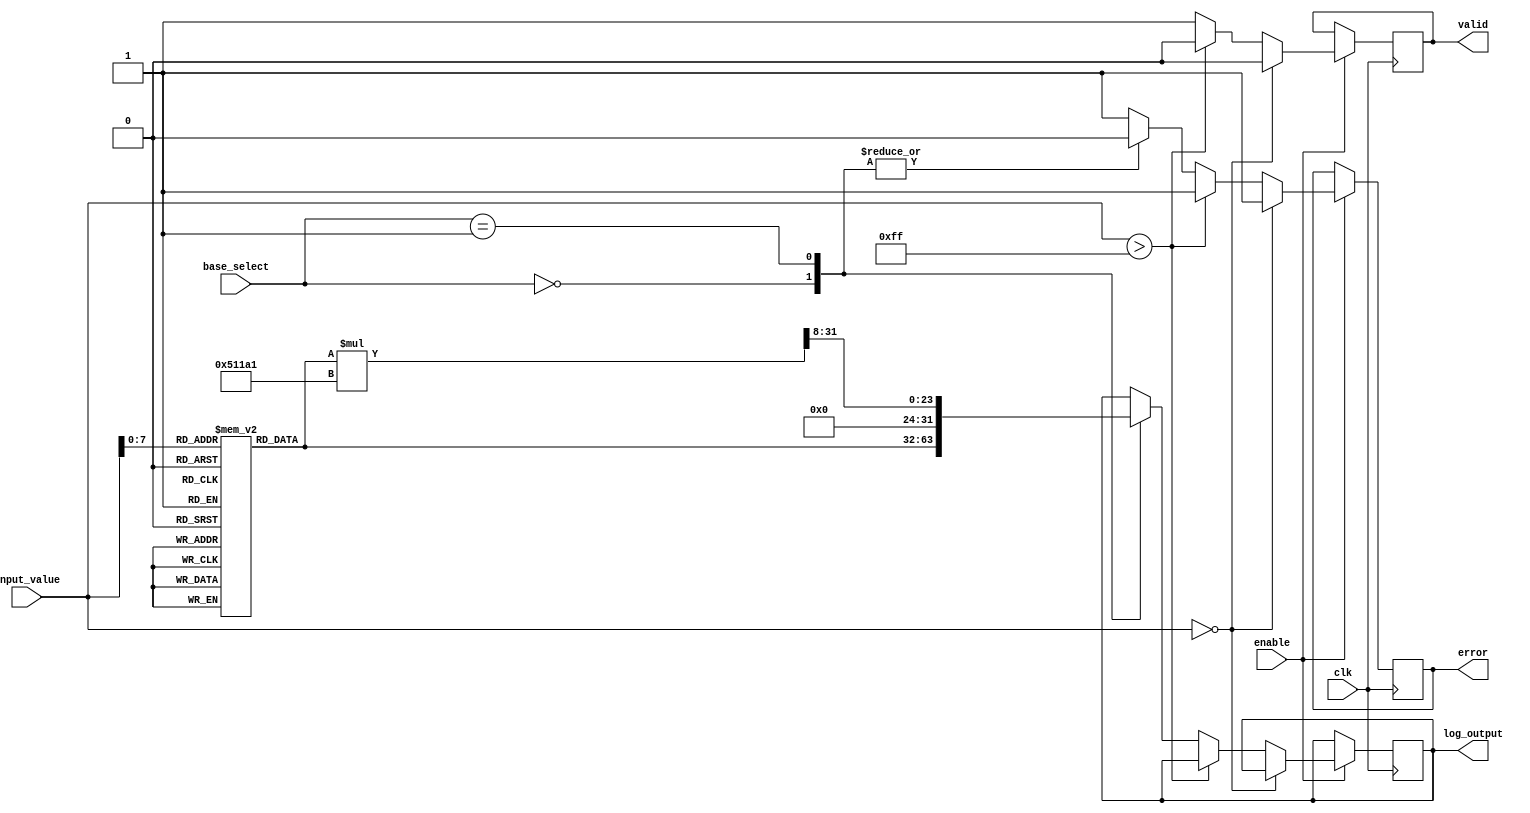
module LogarithmicUnit (
    input wire clk,
    input wire enable,
    input wire [31:0] input_value, // 32-bit input
    input wire [1:0] base_select,   // 0: base 2, 1: base 10
    output reg [31:0] log_output,    // 32-bit output for logarithmic value
    output reg valid,                 // Output valid signal
    output reg error                  // Error flag for invalid input
);

    // Internal signals
    reg [31:0] lookup_table[0:255]; // Example lookup table for log base 2
    integer i;

    // Initialize the lookup table (for demonstration purposes)
    initial begin
        for (i = 1; i < 256; i = i + 1) begin
            lookup_table[i] = $clog2(i); // Precompute log base 2 values
        end
        log_output = 0;
        valid = 0;
        error = 0;
    end

    always @(posedge clk) begin
        if (enable) begin
            // Reset error and valid flags
            error = 0;
            valid = 0;

            // Check for invalid input
            if (input_value == 0) begin
                error = 1; // Logarithm of zero is undefined
            end else if (input_value > 255) begin
                error = 1; // Input too large for lookup table
            end else begin
                // Compute logarithm based on base selection
                case (base_select)
                    2'b00: // Base 2
                        log_output = lookup_table[input_value];
                    2'b01: // Base 10 (This is just a placeholder. Implement your own logic for base 10)
                        log_output = (lookup_table[input_value] * 332193) >> 8; // Rough approximation
                    default:
                        error = 1; // Invalid base selected
                endcase
                valid = 1; // Set valid signal after computation
            end
        end
    end
endmodule